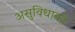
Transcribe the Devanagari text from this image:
असुविधाको